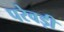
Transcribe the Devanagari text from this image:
परेवड़ी